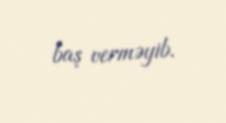
baş verməyib.